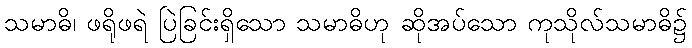
သမာဓိ၊ ဖရိုဖရဲ ပြဲခြင်းရှိသော သမာဓိဟု ဆိုအပ်သော ကုသိုလ်သမာဓိ၌